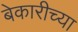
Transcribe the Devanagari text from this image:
बेकारीच्या